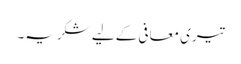
تیری معافی کے لیے شکریہ۔